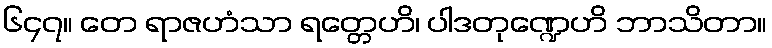
၆၄၇။ တေ ရာဇဟံသာ ရတ္တေဟိ၊ ပါဒတုဏ္ဍေဟိ ဘာသိတာ။